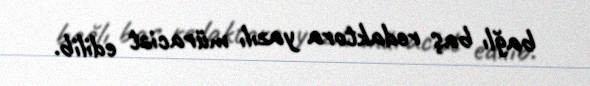
bağlı baş redaktora yazılı müraciət edilib.